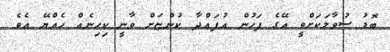
ބޮޑު ސުވާލަކަށްވީ އޭގެ ފަހުން އުފައްދާ ކުންޏަށް ވާނީ ކިހިނެއް ހެއްޔޭ އެވެ